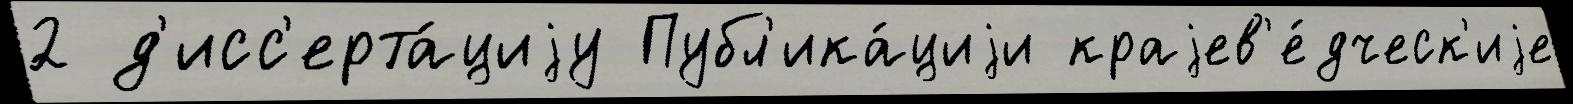
2 д'исс'ерта́циjу Публ'ика́циjи краjев'е́дческ'иjе